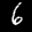
Label: 6